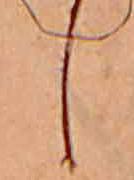
し